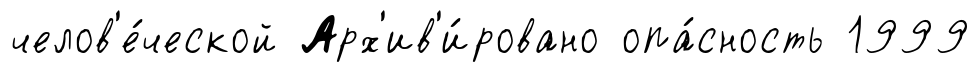
челов'е́ческой Арх'ив'и́ровано опа́сность 1999